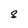
Character: S